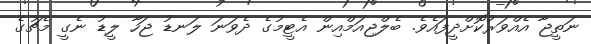
ނަތީޖާ އެއްވަރުކޮށްދީފައެވެ. ބެލްޖިއަމްއިން އެޓީމުގެ ދެވަނަ ލަނޑު ޖަހާ ލީޑު ނެގީ މެޗުގެ